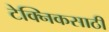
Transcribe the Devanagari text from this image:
टेक्निकसाठी